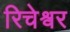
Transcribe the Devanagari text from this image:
रिचेश्वर